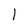
Character: l